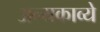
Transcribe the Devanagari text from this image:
अन्यकाव्ये